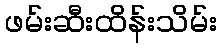
ဖမ်းဆီးထိန်းသိမ်း